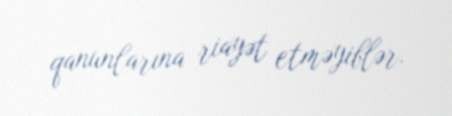
qanunlarına riayət etməyiblər.